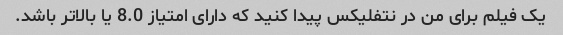
یک فیلم برای من در نتفلیکس پیدا کنید که دارای امتیاز 8.0 یا بالاتر باشد.